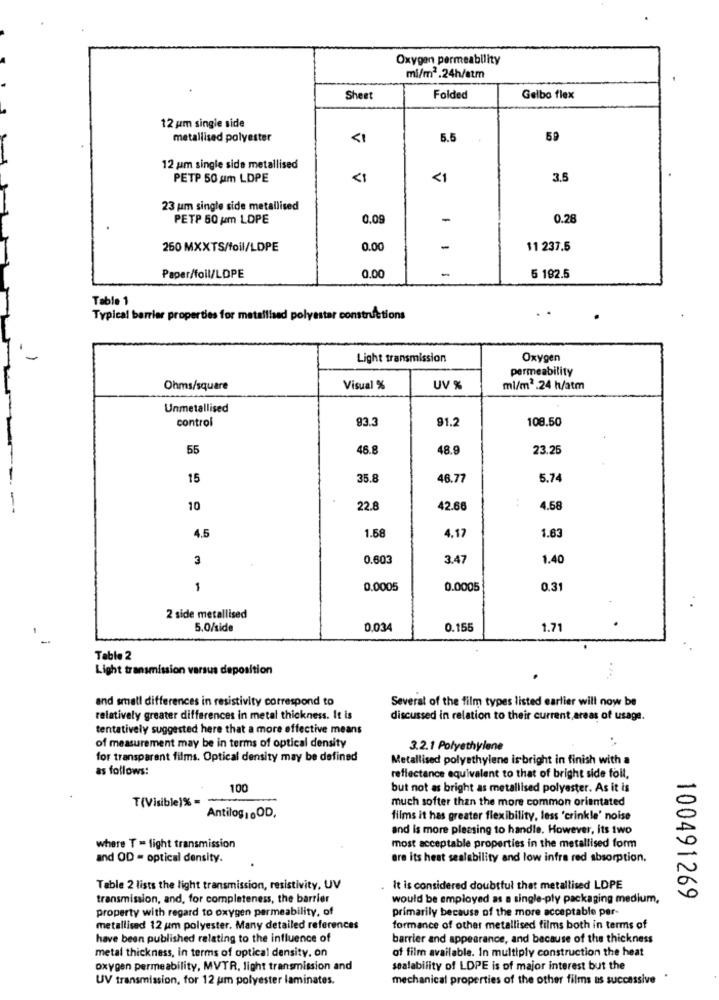
Oxygen permeability
mi/m2.24h/atm
Sheet
Folded
Gelbo flex
12 pm single side
metallised polyester
<1
Б.5
59
12 um single side metallised
PETP 50 um LDPE
<1
3.5
23 um single side metallised
PETP 50 um LOPE
0.09
-
0.28
260 MXXTS/foil/LDPE
0.00
-
11 237.5
0.00
-
Paper/foil/LDPE
5 192.5
Table 1
Typical barrier properties for metallised polyester constructions
Light transmission
Oxygen
permeability
Ohms/square
Visual %
UV %
ml/m2.24 h/atm
Unmetallised
control
93.3
91.2
108.50
55
46.8
48.9
23.25
15
35.8
46.77
5.74
10
22.8
42.66
4.58
1.58
1.63
4.5
4,17
3
0.603
3.47
1.40
1
0.0005
0.0005
0.31
2 side metallised
5.0/side
0.034
0.155
1.71
Table 2
Light transmission versus deposition
and small differences in resistivity correspond to
Several of the film types listed earlier will now be
relatively greater differences in metal thickness. It is
discussed in relation to their current,areas of usage.
tentatively suggested here that a more effective means
of measurement may be in terms of optical density
3.2.1 Polyethylene
for transparent films. Optical density may be defined
Metallised polyethylene is bright in finish with a
as follows:
reflectance equivalent to that of bright side foil,
100
but not as bright as metallised polyester. As it is
T(Visible)% =
much softer than the more common orientated
Antilog , . OD,
films it has greater flexibility, less 'crinkle' noise
and is more pleasing to handle. However, its two
where T = fight transmission
most acceptable properties in the metallised form
and OD - optical density.
are its heat sealability and low infra red absorption.
Table 2 lists the light transmission, resistivity, UV
It is considered doubtful that metallised LDPE
transmission, and, for completeness, the barrier
would be employed as a single-ply packaging medium,
100491269
property with regard to oxygen permeability, of
primarily because of the more acceptable per-
metallised 12 um polyester. Many detailed references
formance of other metallised films both in terms of
have been published relating to the influence of
barrier and appearance, and because of the thickness
of film available. In multiply construction the heat
metal thickness, in terms of optical density. on
oxygen permeability, MVTR, light transmission and
sealability of LDPE is of major interest but the
UV transmission, for 12 um polyester laminates.
mechanical properties of the other films as successive